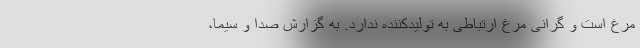
مرغ است و گرانی مرغ ارتباطی به تولیدکننده ندارد. به گزارش صدا و سیما،